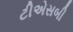
ટીએસબી